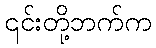
၎င်းတို့ဘက်က